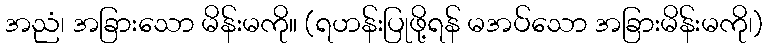
အညံ၊ အခြားသော မိန်းမကို။ (ရဟန်းပြုဖို့ရန် မအပ်သော အခြားမိန်းမကို၊)